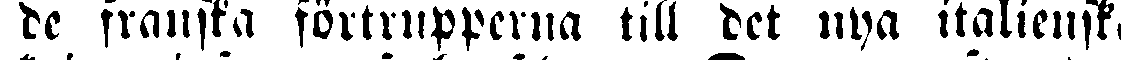
de franska förtrupperna till det nya italienska